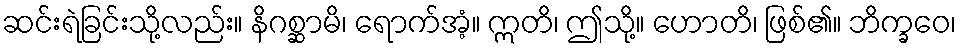
ဆင်းရဲခြင်းသို့လည်း။ နိဂစ္ဆာမိ၊ ရောက်အံ့။ ဣတိ၊ ဤသို့။ ဟောတိ၊ ဖြစ်၏။ ဘိက္ခဝေ၊